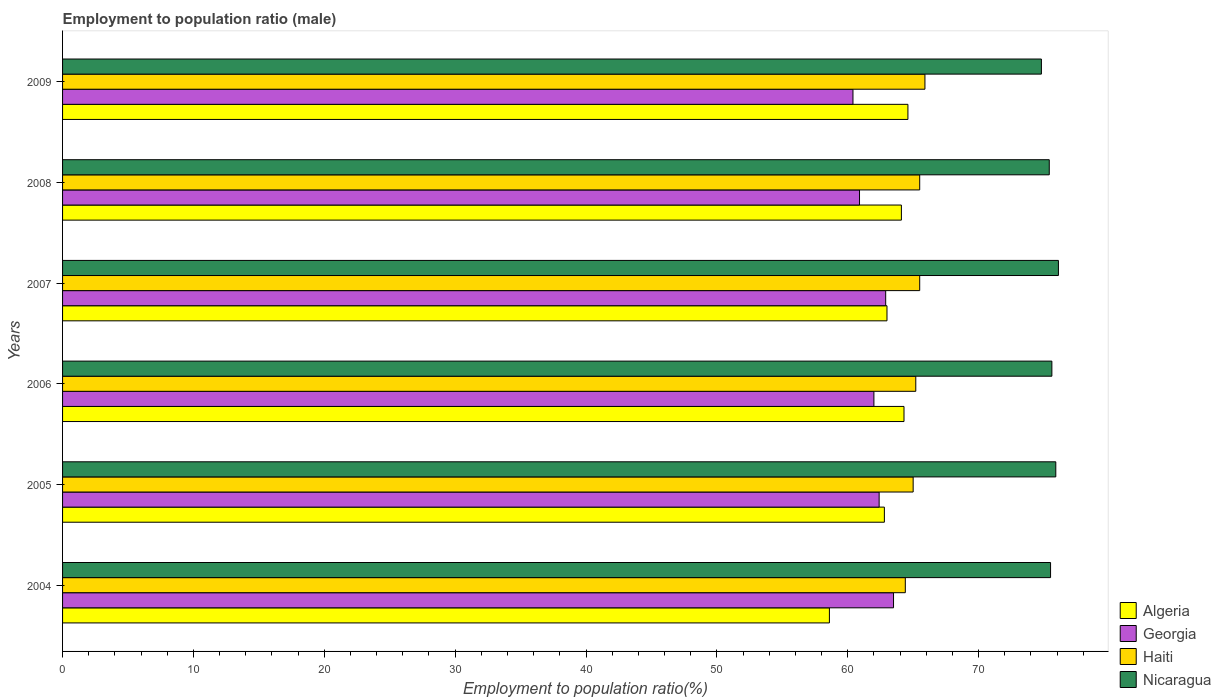
| Years | Algeria | Georgia | Haiti | Nicaragua |
 | --- | --- | --- | --- | --- |
 | 2004 | 58.6 | 63.5 | 64.4 | 75.5 |
 | 2005 | 62.8 | 62.4 | 65 | 75.9 |
 | 2006 | 64.3 | 62 | 65.2 | 75.6 |
 | 2007 | 63 | 62.9 | 65.5 | 76.1 |
 | 2008 | 64.1 | 60.9 | 65.5 | 75.4 |
 | 2009 | 64.6 | 60.4 | 65.9 | 74.8 |